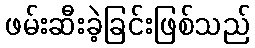
ဖမ်းဆီးခဲ့ခြင်းဖြစ်သည်